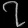
Digit: ၇